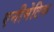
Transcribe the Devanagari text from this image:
एनीमेटिक